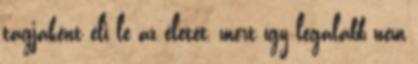
tag­jaként éli le az életét, mert így legalább nem